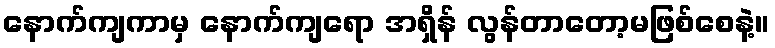
နောက်ကျကာမှ နောက်ကျရော အရှိန် လွန်တာတော့မဖြစ်စေနဲ့။